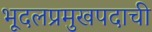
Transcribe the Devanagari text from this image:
भूदलप्रमुखपदाची